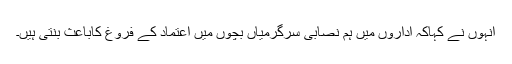
انہوں نے کہاکہ اداروں میں ہم نصابی سرگرمیاں بچوں میں اعتماد کے فروغ کاباعث بنتی ہیں۔